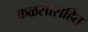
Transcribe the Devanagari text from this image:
कळसासहित